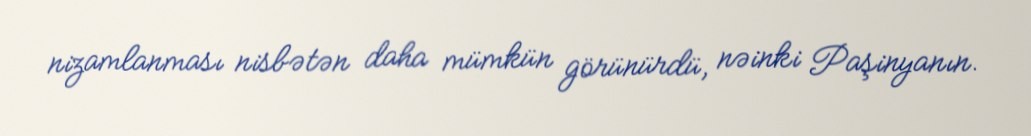
nizamlanması nisbətən daha mümkün görünürdü, nəinki Paşinyanın.